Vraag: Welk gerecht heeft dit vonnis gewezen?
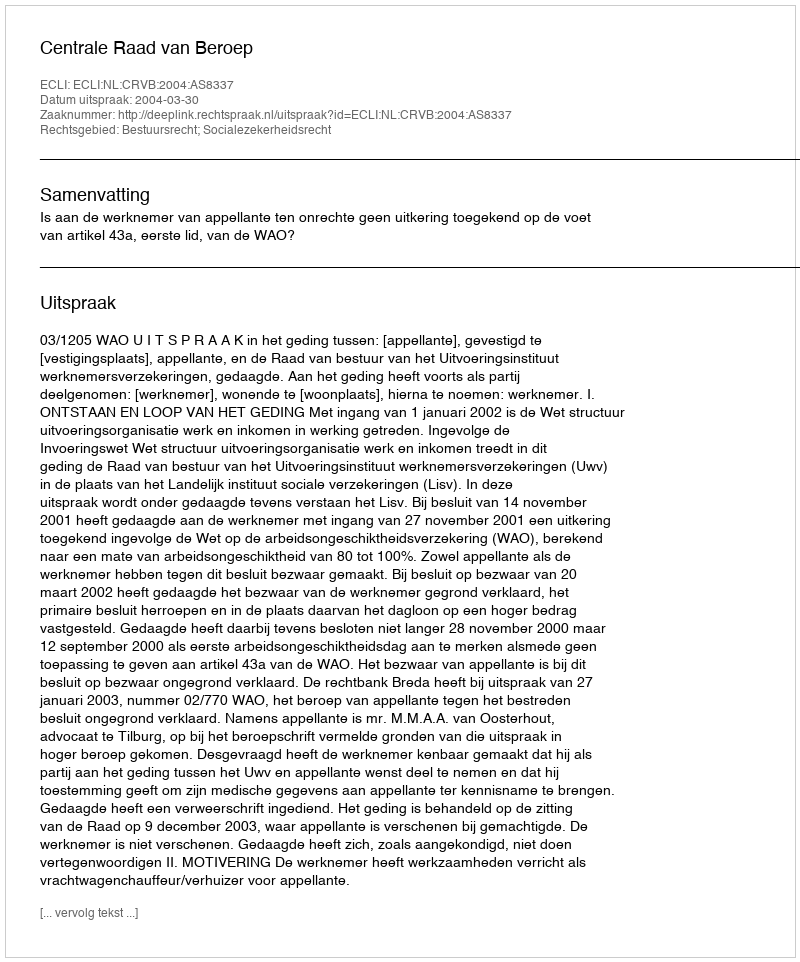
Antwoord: Centrale Raad van Beroep